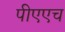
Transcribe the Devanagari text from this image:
पीएएच